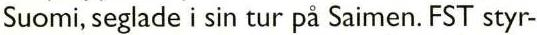
Suomi, seglade i sin tur på Saimen. FST styr-